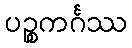
ပဉ္စကင်္ဂဿ